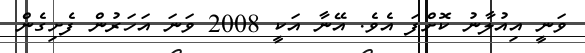
ވަނީ އިއުލާނު ކޮށްފަ އެވެ. އޭނާ އަކީ 2008 ވަނަ އަހަރުން ފެށިގެން